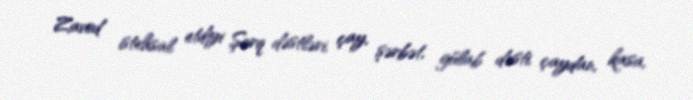
Zavod istehsal etdiyi Şərq dəstləri, çay, şərbət, gülab dəsti, çaydan, kasa,